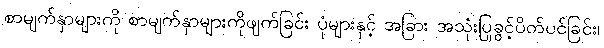
စာမျက်နှာများကို စာမျက်နှာများကိုဖျက်ခြင်း ပုံများနှင့် အခြား အသုံးပြုခွင့်ပိတ်ပင်ခြင်း၊